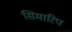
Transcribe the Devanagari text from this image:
सिमारिप